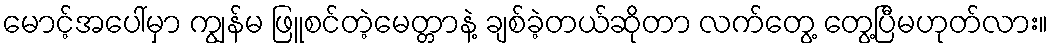
မောင့်အပေါ်မှာ ကျွန်မ ဖြူစင်တဲ့မေတ္တာနဲ့ ချစ်ခဲ့တယ်ဆိုတာ လက်တွေ့ တွေ့ပြီမဟုတ်လား။